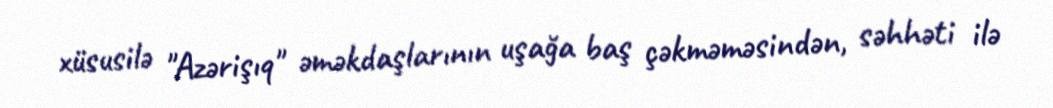
xüsusilə "Azərişıq" əməkdaşlarının uşağa baş çəkməməsindən, səhhəti ilə